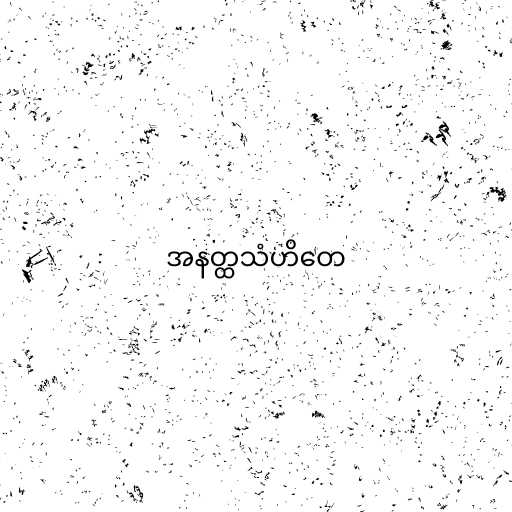
အနတ္ထသံဟိတေ